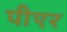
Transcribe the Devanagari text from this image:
पीएर